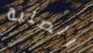
الصلبة